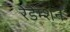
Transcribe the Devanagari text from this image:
रेडेम्शन